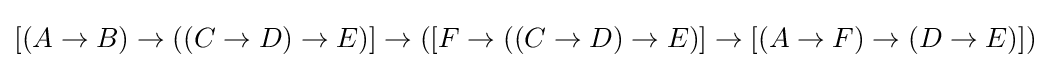
[(A\to B)\to ((C\to D)\to E)]\to ([F\to ((C\to D)\to E)]\to [(A\to F)\to (D\to E)])